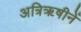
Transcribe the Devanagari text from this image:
अत्रिॠषीनें